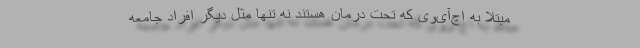
مبتلا به اچ‌آی‌وی که تحت درمان هستند نه تنها مثل دیگر افراد جامعه